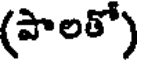
(పాలతో)